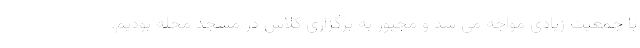
با جمعیت زیادی مواجه می شد و مجبور به برگزاری کلاس در مسجد محله بودیم.